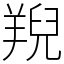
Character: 䍲